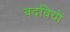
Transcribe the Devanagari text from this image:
बदवियों